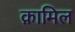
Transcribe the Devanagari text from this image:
क़ामिल